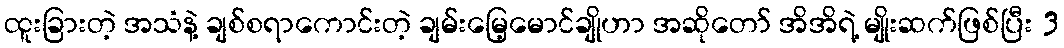
ထူးခြားတဲ့ အသံနဲ့ ချစ်စရာကောင်းတဲ့ ချမ်းမြေ့မောင်ချိုဟာ အဆိုတော် အိအိရဲ့ မျိုးဆက်ဖြစ်ပြီး 3